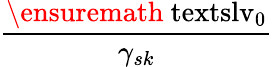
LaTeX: \displaystyle\frac{\ensuremath{\mathrm{\ textsl{v}}_{0}}}{\gamma_{sk}}